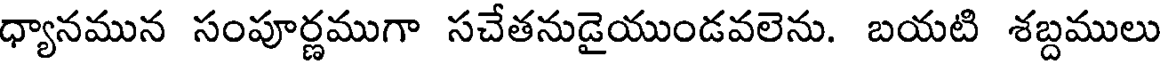
ధ్యానమున సంపూర్ణముగా సచేతనుడైయుండవలెను. బయటి శబ్దములు